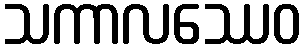
သကာလဿေဝ